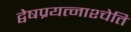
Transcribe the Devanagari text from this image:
द्वेषप्रयत्नाश्चेति